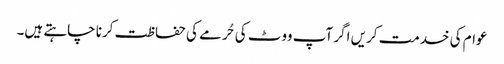
عوام کی خدمت کریں اگر آپ ووٹ کی حُرمے کی حفاظت کرنا چاہتے ہیں۔